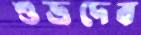
শুভ্রদেব